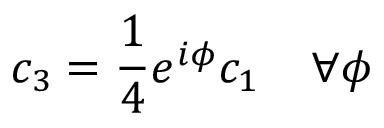
c _ { 3 } = \frac { 1 } { 4 } e ^ { i \phi } c _ { 1 } \; \; \; \; \forall \phi